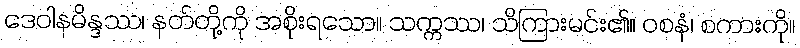
ဒေဝါနမိန္ဒဿ၊ နတ်တို့ကို အစိုးရသော။ သက္ကဿ၊ သိကြားမင်း၏။ ဝစနံ၊ စကားကို။